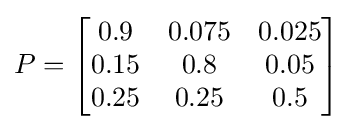
P={\begin{bmatrix}0.9&0.075&0.025\\0.15&0.8&0.05\\0.25&0.25&0.5\end{bmatrix}}